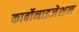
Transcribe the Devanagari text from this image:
कार्बोनाइजेशन